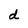
Character: d